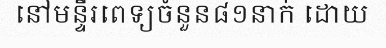
នៅមន្ទីរពេទ្យចំនួន៨១នាក់ ដោយ